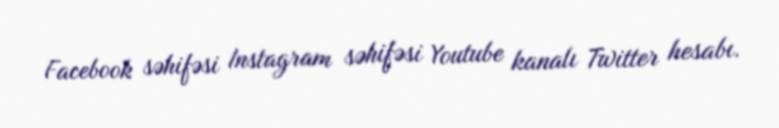
Facebook səhifəsi Instagram səhifəsi Youtube kanalı Twitter hesabı.